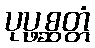
ပုပ္ဖစ္ဆတ္တံ